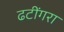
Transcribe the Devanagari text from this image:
ढटींगरा